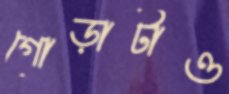
গোড়াটাও